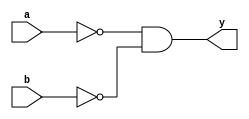
module demux(y,a,b);
output y;

input a,b;
not(a_bar,a),(b_bar,b);
and(y,a_bar,b_bar);
endmodule